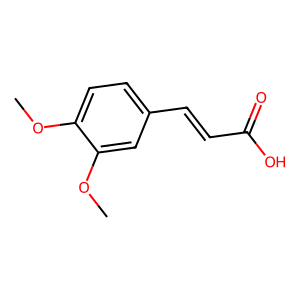
SMILES: COc1ccc(C=CC(=O)O)cc1OC
Inhibits HIV replication: No